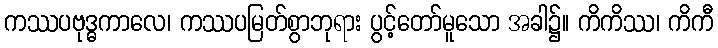
ကဿပဗုဒ္ဓကာလေ၊ ကဿပမြတ်စွာဘုရား ပွင့်တော်မူသော အခါ၌။ ကိကိဿ၊ ကိကီ